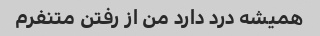
همیشه درد دارد من از رفتن متنفرم